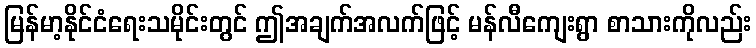
မြန်မာ့နိုင်ငံရေးသမိုင်းတွင် ဤအချက်အလက်ဖြင့် မန်လီကျေးရွာ စာသားကိုလည်း